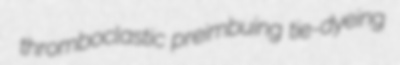
thromboclastic preimbuing tie-dyeing